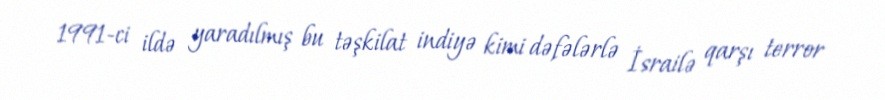
1991-ci ildə yaradılmış bu təşkilat indiyə kimi dəfələrlə İsrailə qarşı terror